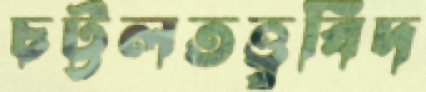
চট্টলতত্ত্ববিদ